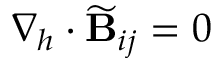
\nabla _ { h } \cdot \widetilde { \mathbf { B } } _ { i j } = 0